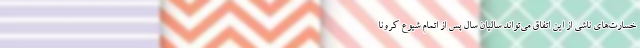
خسارت‌های ناشی از این اتفاق می‌تواند سالیان سال پس از اتمام شیوع کرونا